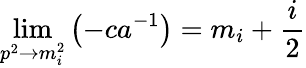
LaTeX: \operatorname*{lim}_{p^{2}\rightarrow m_{i}^{2}}\left(-ca^{-1}\right)=m_{i}+\frac{i}{2}